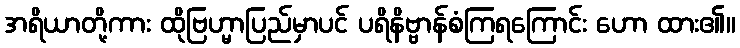
အရိယာတို့ကား ထိုဗြဟ္မာပြည်မှာပင် ပရိနိဗ္ဗာန်စံကြရကြောင်း ဟော ထား၏။